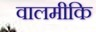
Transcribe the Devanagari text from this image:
वालमीकि